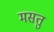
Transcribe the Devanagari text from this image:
मसतु